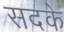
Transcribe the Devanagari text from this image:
सदके